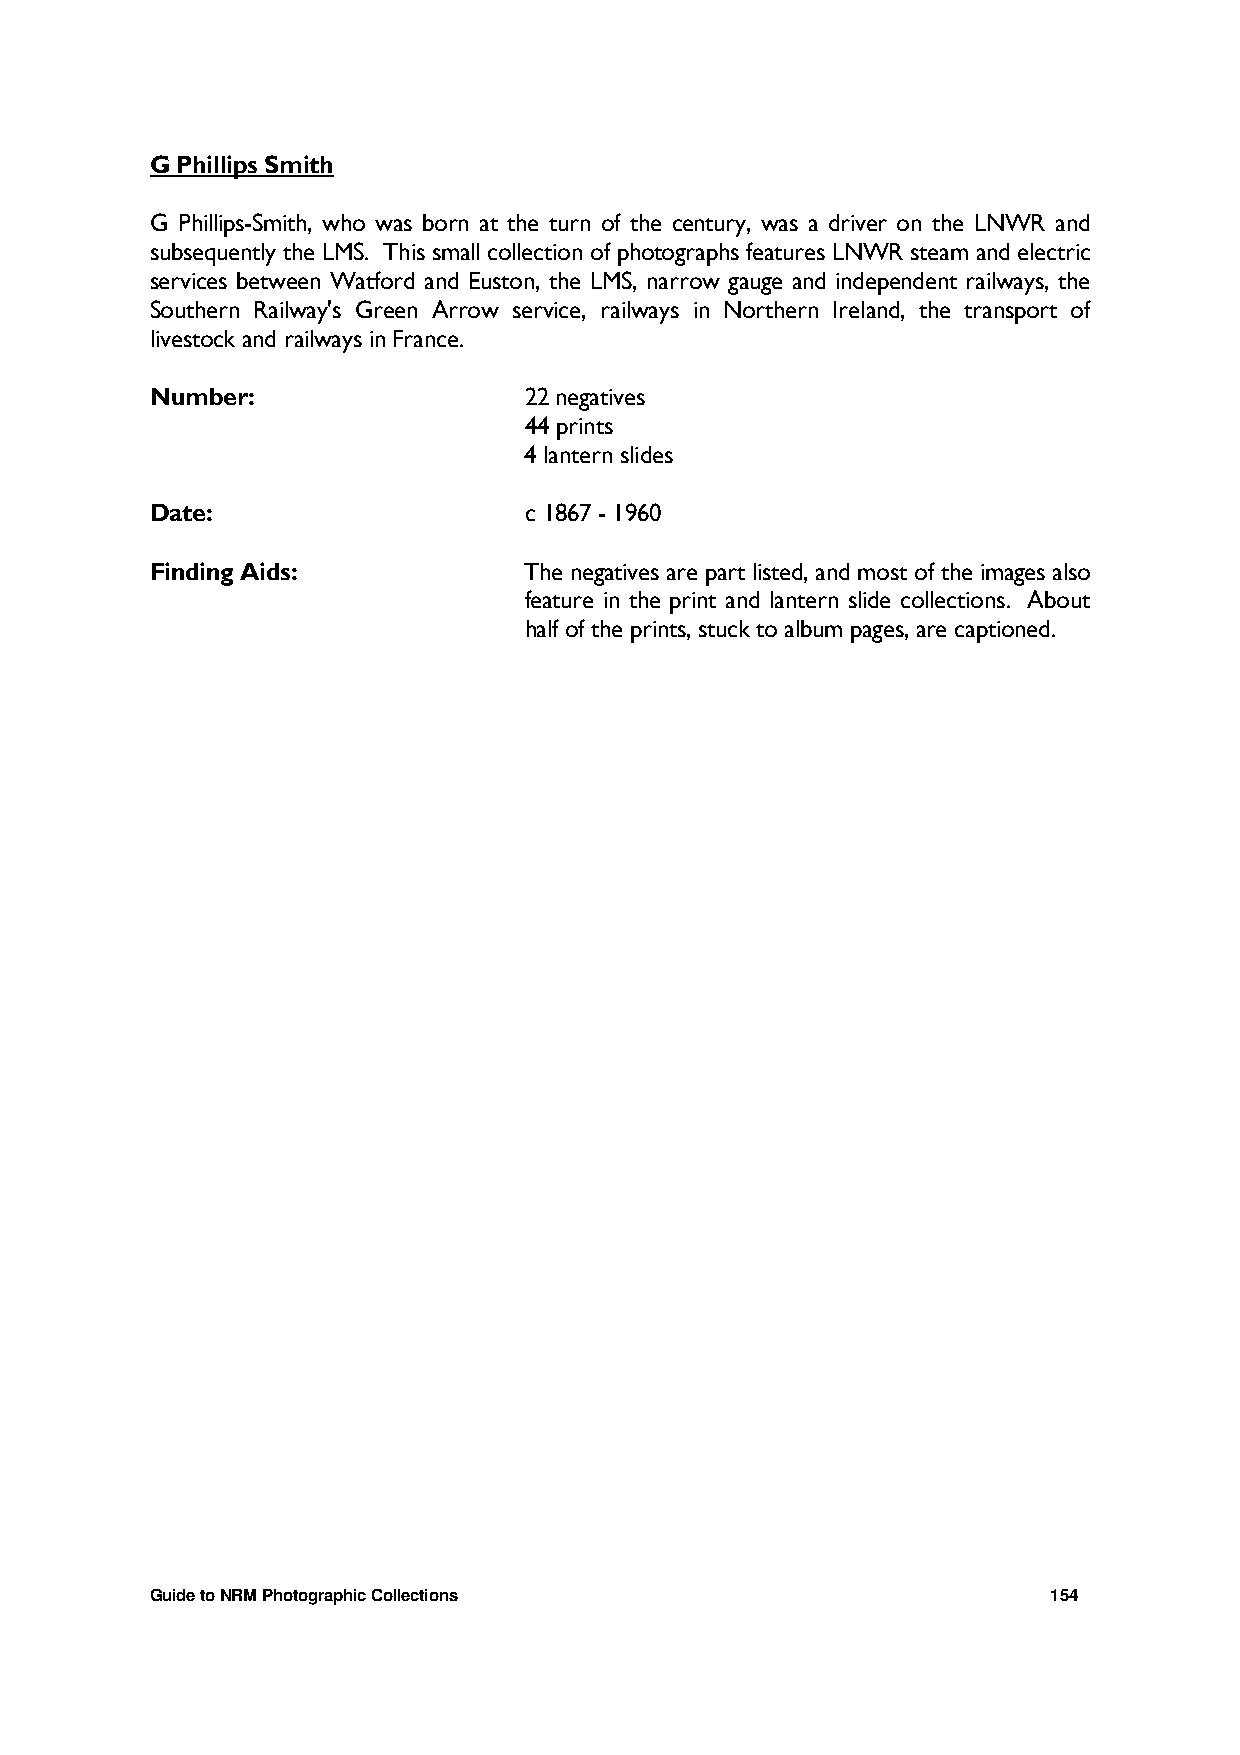
G Phillips Smith
 G Phillips-Smith, who was born at the turn of the century, was a driver on the LNWR and
 subsequently the LMS. This small collection of photographs features LNWR steam and electric
 services between Watford and Euston, the LMS, narrow gauge and independent railways, the
 Southern Railway's Green Arrow service, railways in Northern Ireland, the transport of
 livestock and railways in France.
 Number:                  22 negatives
 44 prints
 4 lantern slides
 Date:                    c 1867 - 1960
 Finding Aids:            The negatives are part listed, and most of the images also
 feature in the print and lantern slide collections. About
 half of the prints, stuck to album pages, are captioned.
 Guide to NRM Photographic Collections                       154